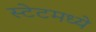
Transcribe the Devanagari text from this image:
स्टेटमध्ये